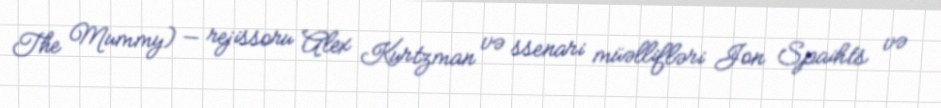
The Mummy) — rejissoru Alex Kurtzman və ssenari müəllifləri Jon Spaihts və